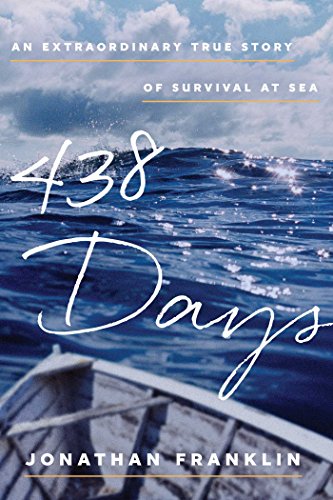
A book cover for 438 Days: An Extraordinary True Story of Survival at Sea; Jonathan Franklin; Science & Math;